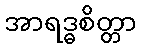
အာရဒ္ဓစိတ္တာ